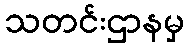
သတင်းဌာနမှ